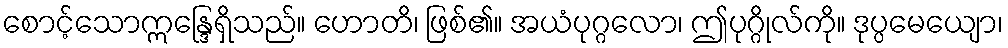
စောင့်သောဣန္ဒြေရှိသည်။ ဟောတိ၊ ဖြစ်၏။ အယံပုဂ္ဂလော၊ ဤပုဂ္ဂိုလ်ကို။ ဒုပ္ပမေယျော၊